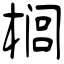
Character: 榈